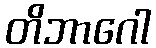
တိဘာဂေါ